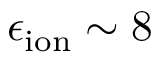
\epsilon _ { \mathrm { { i o n } } } \sim 8 \